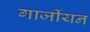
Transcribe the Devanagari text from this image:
गार्जीयन